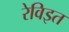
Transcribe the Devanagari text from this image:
रेविइत